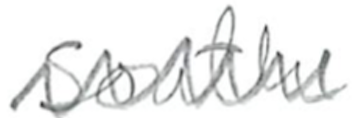
Text: South
Cross-out: zig-zag
Writing tool: pencil